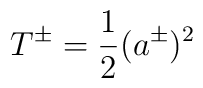
T^\pm = \frac{1}{2} (a^\pm )^2